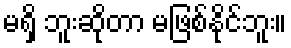
မရှိ ဘူးဆိုတာ မဖြစ်နိုင်ဘူး။